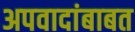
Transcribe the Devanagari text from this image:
अपवादांबाबत